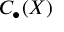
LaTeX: C _ { \bullet } ( X )